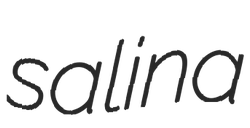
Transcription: salina